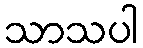
သာသပါ